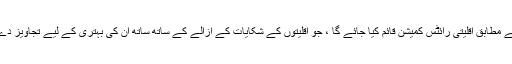
بل کے مطابق اقلیتی رائٹس کمیشن قائم کیا جائے گا ، جو اقلیتوں کے شکایات کے ازالے کے ساتھ ساتھ ان کی بہتری کے لیے تجاویز دے گا ۔